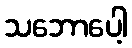
သဘောပေါ့